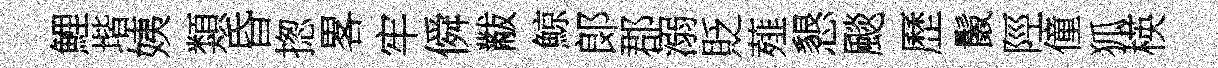
鯉堦姨類昏揔畧牢僢黻鯨郞郡溺貶薤懇颷歷鬛陘僮狐楧